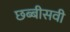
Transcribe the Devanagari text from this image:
छब्बीसवी